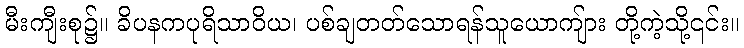
မီးကျီးစု၌။ ခိပနကပုရိသာဝိယ၊ ပစ်ချတတ်သောရန်သူယောကျ်ား တို့ကဲ့သို့၎င်း။